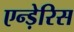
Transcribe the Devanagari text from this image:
एन्ड़ेरिस